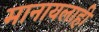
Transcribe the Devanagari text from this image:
मानायलाही